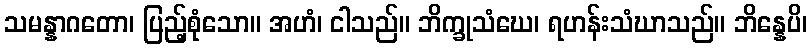
သမန္နာဂတော၊ ပြည့်စုံသော။ အဟံ၊ ငါသည်။ ဘိက္ခုသံဃေ၊ ရဟန်းသံဃာသည်။ ဘိန္နေပိ၊